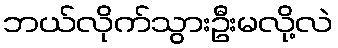
ဘယ်လိုက်သွားဦးမလို့လဲ